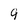
Character: 9